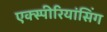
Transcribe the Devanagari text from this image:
एक्स्पीरियांसिंग